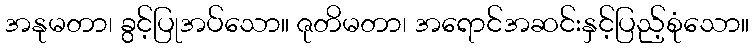
အနုမတာ၊ ခွင့်ပြုအပ်သော။ ဇုတိမတာ၊ အရောင်အဆင်းနှင့်ပြည့်စုံသော။